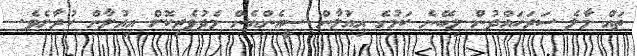
ތައް މާލެ ސަރަހައްދުން ލިބޭނެ ކަމުގެ އިއުލާން ސީއެންއެެން މެދުވެރިކޮށް އިއުލާން ކުރާށެވެ.